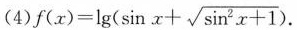
(4)$$f ( x ) = \lg ( \sin x + \sqrt { \sin ^ { 2 } x + 1 } )$$.